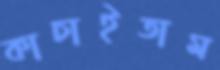
কাচাইতাম